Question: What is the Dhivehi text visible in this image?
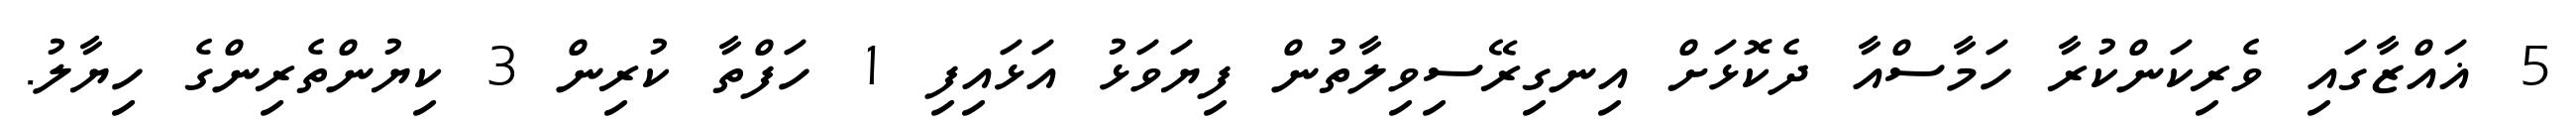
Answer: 5 ޣައްޒާގައި ވެރިކަންކުރާ ހަމާސްއާ ދެކޮޅަށް އިނގިރޭސިވިލާތުން ފިޔަވަޅު އަޅައިފި 1 ހަފްތާ ކުރިން 3 ކިޔުންތެރިންގެ ހިޔާލު.